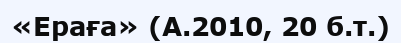
«Ераға» (А.2010, 20 б.т.)